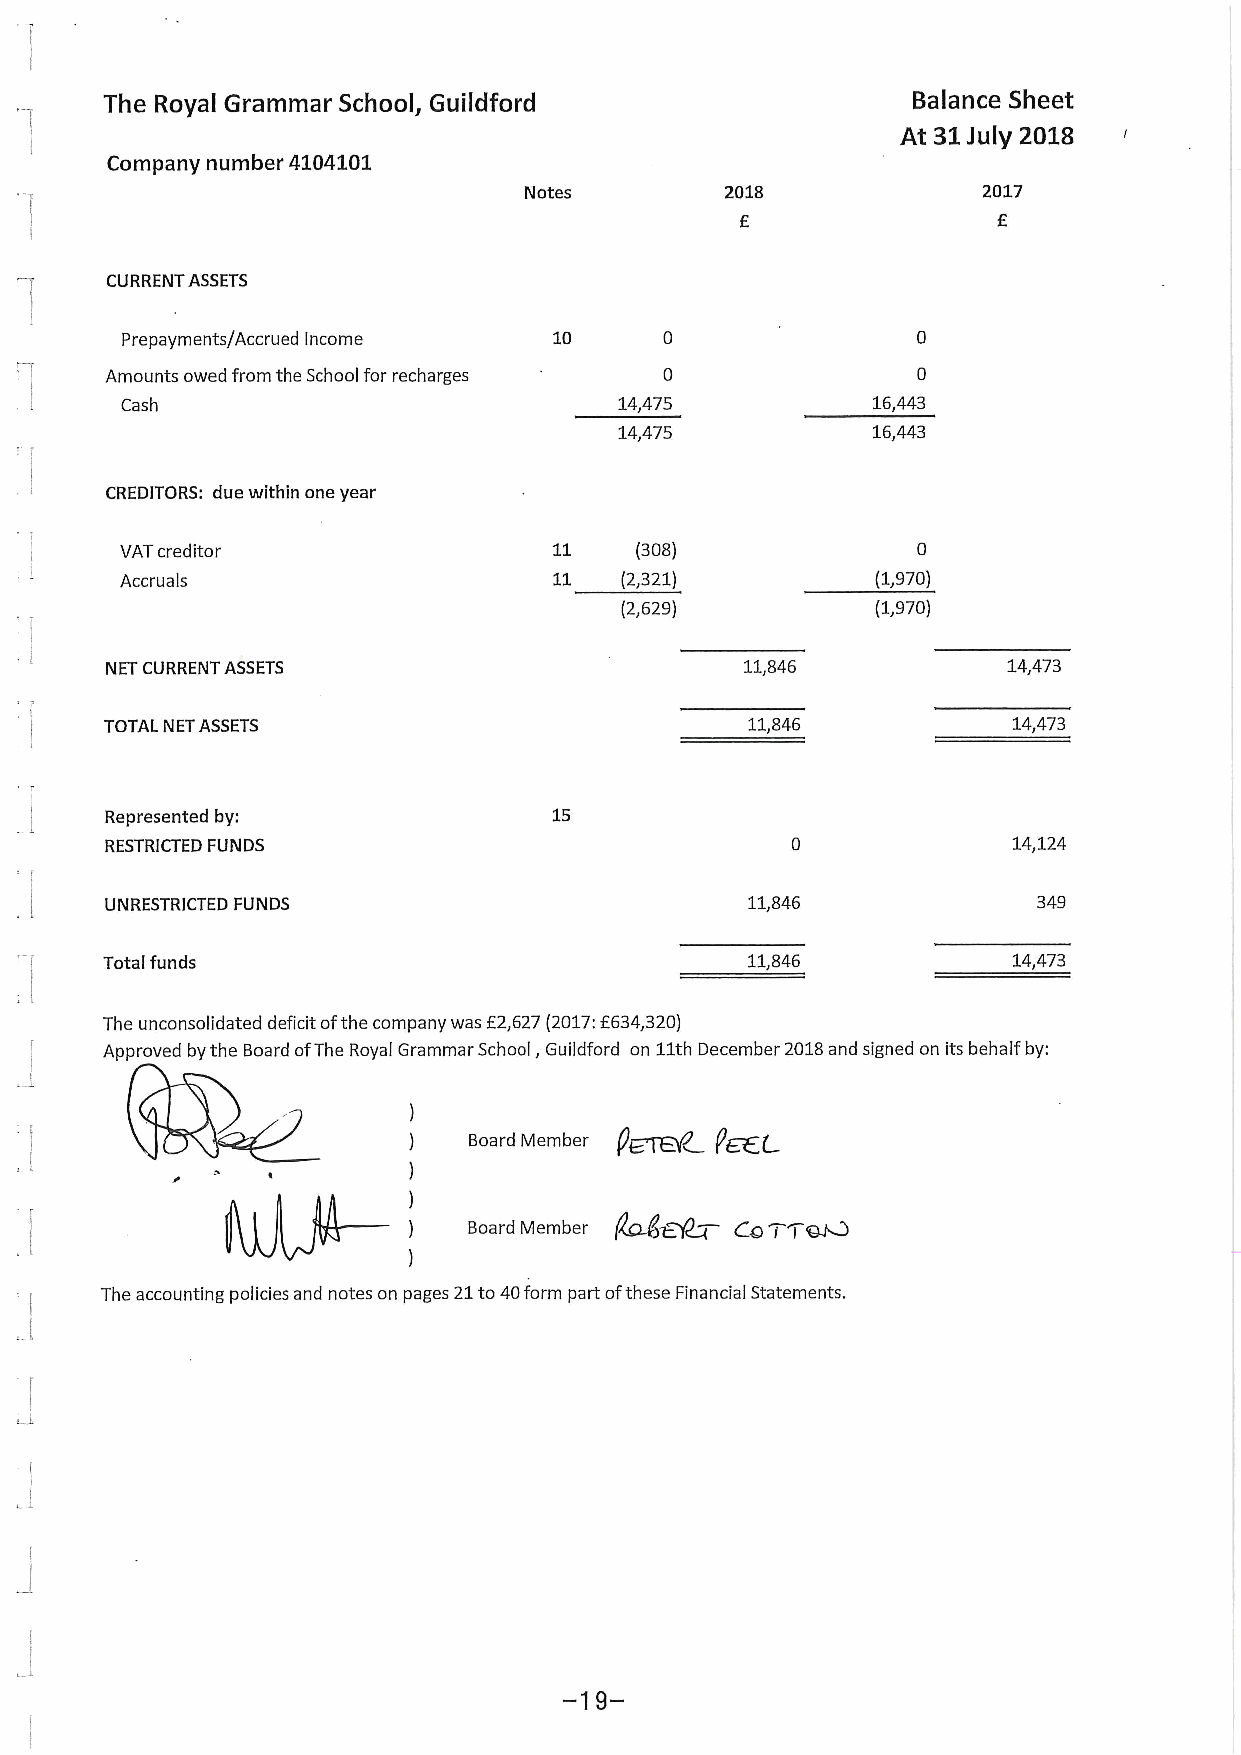
The Royal Grammar School, Guildford                  Balance Sheet
 At 31 July 2018
 Company number 4104101
 Notes        2018             2017
 f                f
 CURRENT ASSETS
 Prepayments/Accrued Income   10
 Amounts owed from the School for recharges
 Cash                             14,475           16,443
 14,475           16,443
 CREDITORS: due within one year
 VATcreditor                  11   (308)              0
 Accruals                     11  (2,321)          (1,970)
 (2,629)          (1,970)
 NET CURRENT ASSETS                        11,846            14,473
 TOTAL NETASSETS                           11,846            14,473
 Represented by:               15
 RESTRICTED FUNDS                                            14,124
 UNRESTRICTED FUNDS                        11,846              349
 Total funds                               11,846            14,473
 f       f
 The unconsolidated deficit ofthe company was 2,627(2017: 634,320)
 Approved bythe Board ofThe Royal Grammar School, Guildford on 11th December 2018and signed on its behalf by:
 )
 )   Board Member
 )
 )
 )   Board Member
 )
 The accounting policies and notes on pages 21to 40form part ofthese Financial Statements.
 -19-